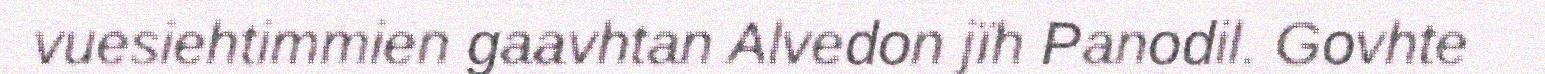
vuesiehtimmien gaavhtan Alvedon jïh Panodil. Govhte